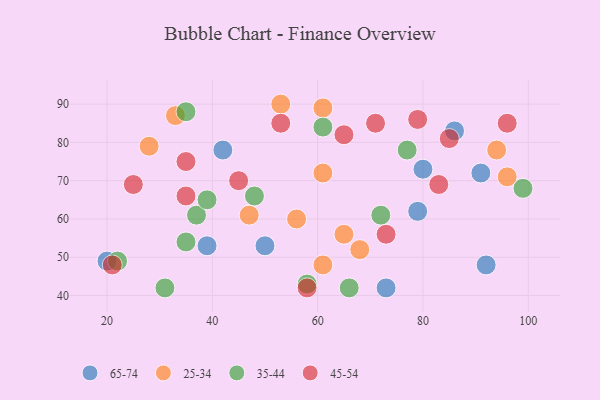
{"axis": {"x": "GDP", "y": "Life Expectancy"}, "legend": ["25-34", "35-44", "45-54", "65-74"], "data": [{"x": "20", "y": 49, "type": "65-74"}, {"x": "86", "y": 83, "type": "65-74"}, {"x": "42", "y": 78, "type": "65-74"}, {"x": "73", "y": 42, "type": "65-74"}, {"x": "80", "y": 73, "type": "65-74"}, {"x": "91", "y": 72, "type": "65-74"}, {"x": "39", "y": 53, "type": "65-74"}, {"x": "79", "y": 62, "type": "65-74"}, {"x": "50", "y": 53, "type": "65-74"}, {"x": "92", "y": 48, "type": "65-74"}, {"x": "65", "y": 56, "type": "25-34"}, {"x": "53", "y": 90, "type": "25-34"}, {"x": "68", "y": 52, "type": "25-34"}, {"x": "33", "y": 87, "type": "25-34"}, {"x": "61", "y": 48, "type": "25-34"}, {"x": "61", "y": 89, "type": "25-34"}, {"x": "96", "y": 71, "type": "25-34"}, {"x": "47", "y": 61, "type": "25-34"}, {"x": "61", "y": 72, "type": "25-34"}, {"x": "28", "y": 79, "type": "25-34"}, {"x": "56", "y": 60, "type": "25-34"}, {"x": "94", "y": 78, "type": "25-34"}, {"x": "37", "y": 61, "type": "35-44"}, {"x": "35", "y": 88, "type": "35-44"}, {"x": "61", "y": 84, "type": "35-44"}, {"x": "35", "y": 54, "type": "35-44"}, {"x": "48", "y": 66, "type": "35-44"}, {"x": "99", "y": 68, "type": "35-44"}, {"x": "31", "y": 42, "type": "35-44"}, {"x": "77", "y": 78, "type": "35-44"}, {"x": "72", "y": 61, "type": "35-44"}, {"x": "66", "y": 42, "type": "35-44"}, {"x": "22", "y": 49, "type": "35-44"}, {"x": "58", "y": 43, "type": "35-44"}, {"x": "39", "y": 65, "type": "35-44"}, {"x": "79", "y": 86, "type": "45-54"}, {"x": "73", "y": 56, "type": "45-54"}, {"x": "35", "y": 75, "type": "45-54"}, {"x": "71", "y": 85, "type": "45-54"}, {"x": "53", "y": 85, "type": "45-54"}, {"x": "83", "y": 69, "type": "45-54"}, {"x": "25", "y": 69, "type": "45-54"}, {"x": "85", "y": 81, "type": "45-54"}, {"x": "65", "y": 82, "type": "45-54"}, {"x": "35", "y": 66, "type": "45-54"}, {"x": "45", "y": 70, "type": "45-54"}, {"x": "58", "y": 42, "type": "45-54"}, {"x": "21", "y": 48, "type": "45-54"}, {"x": "96", "y": 85, "type": "45-54"}]}